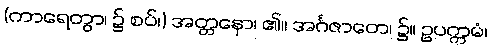
(ကာရေတွာ၊ ၌ စပ်၊) အတ္တနော၊ ၏။ အင်္ဂဇာတေ၊ ၌။ ဥပက္ကမံ၊